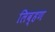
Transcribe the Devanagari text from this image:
लिव्हण